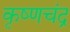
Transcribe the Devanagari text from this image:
कृष्‍णचंद्र